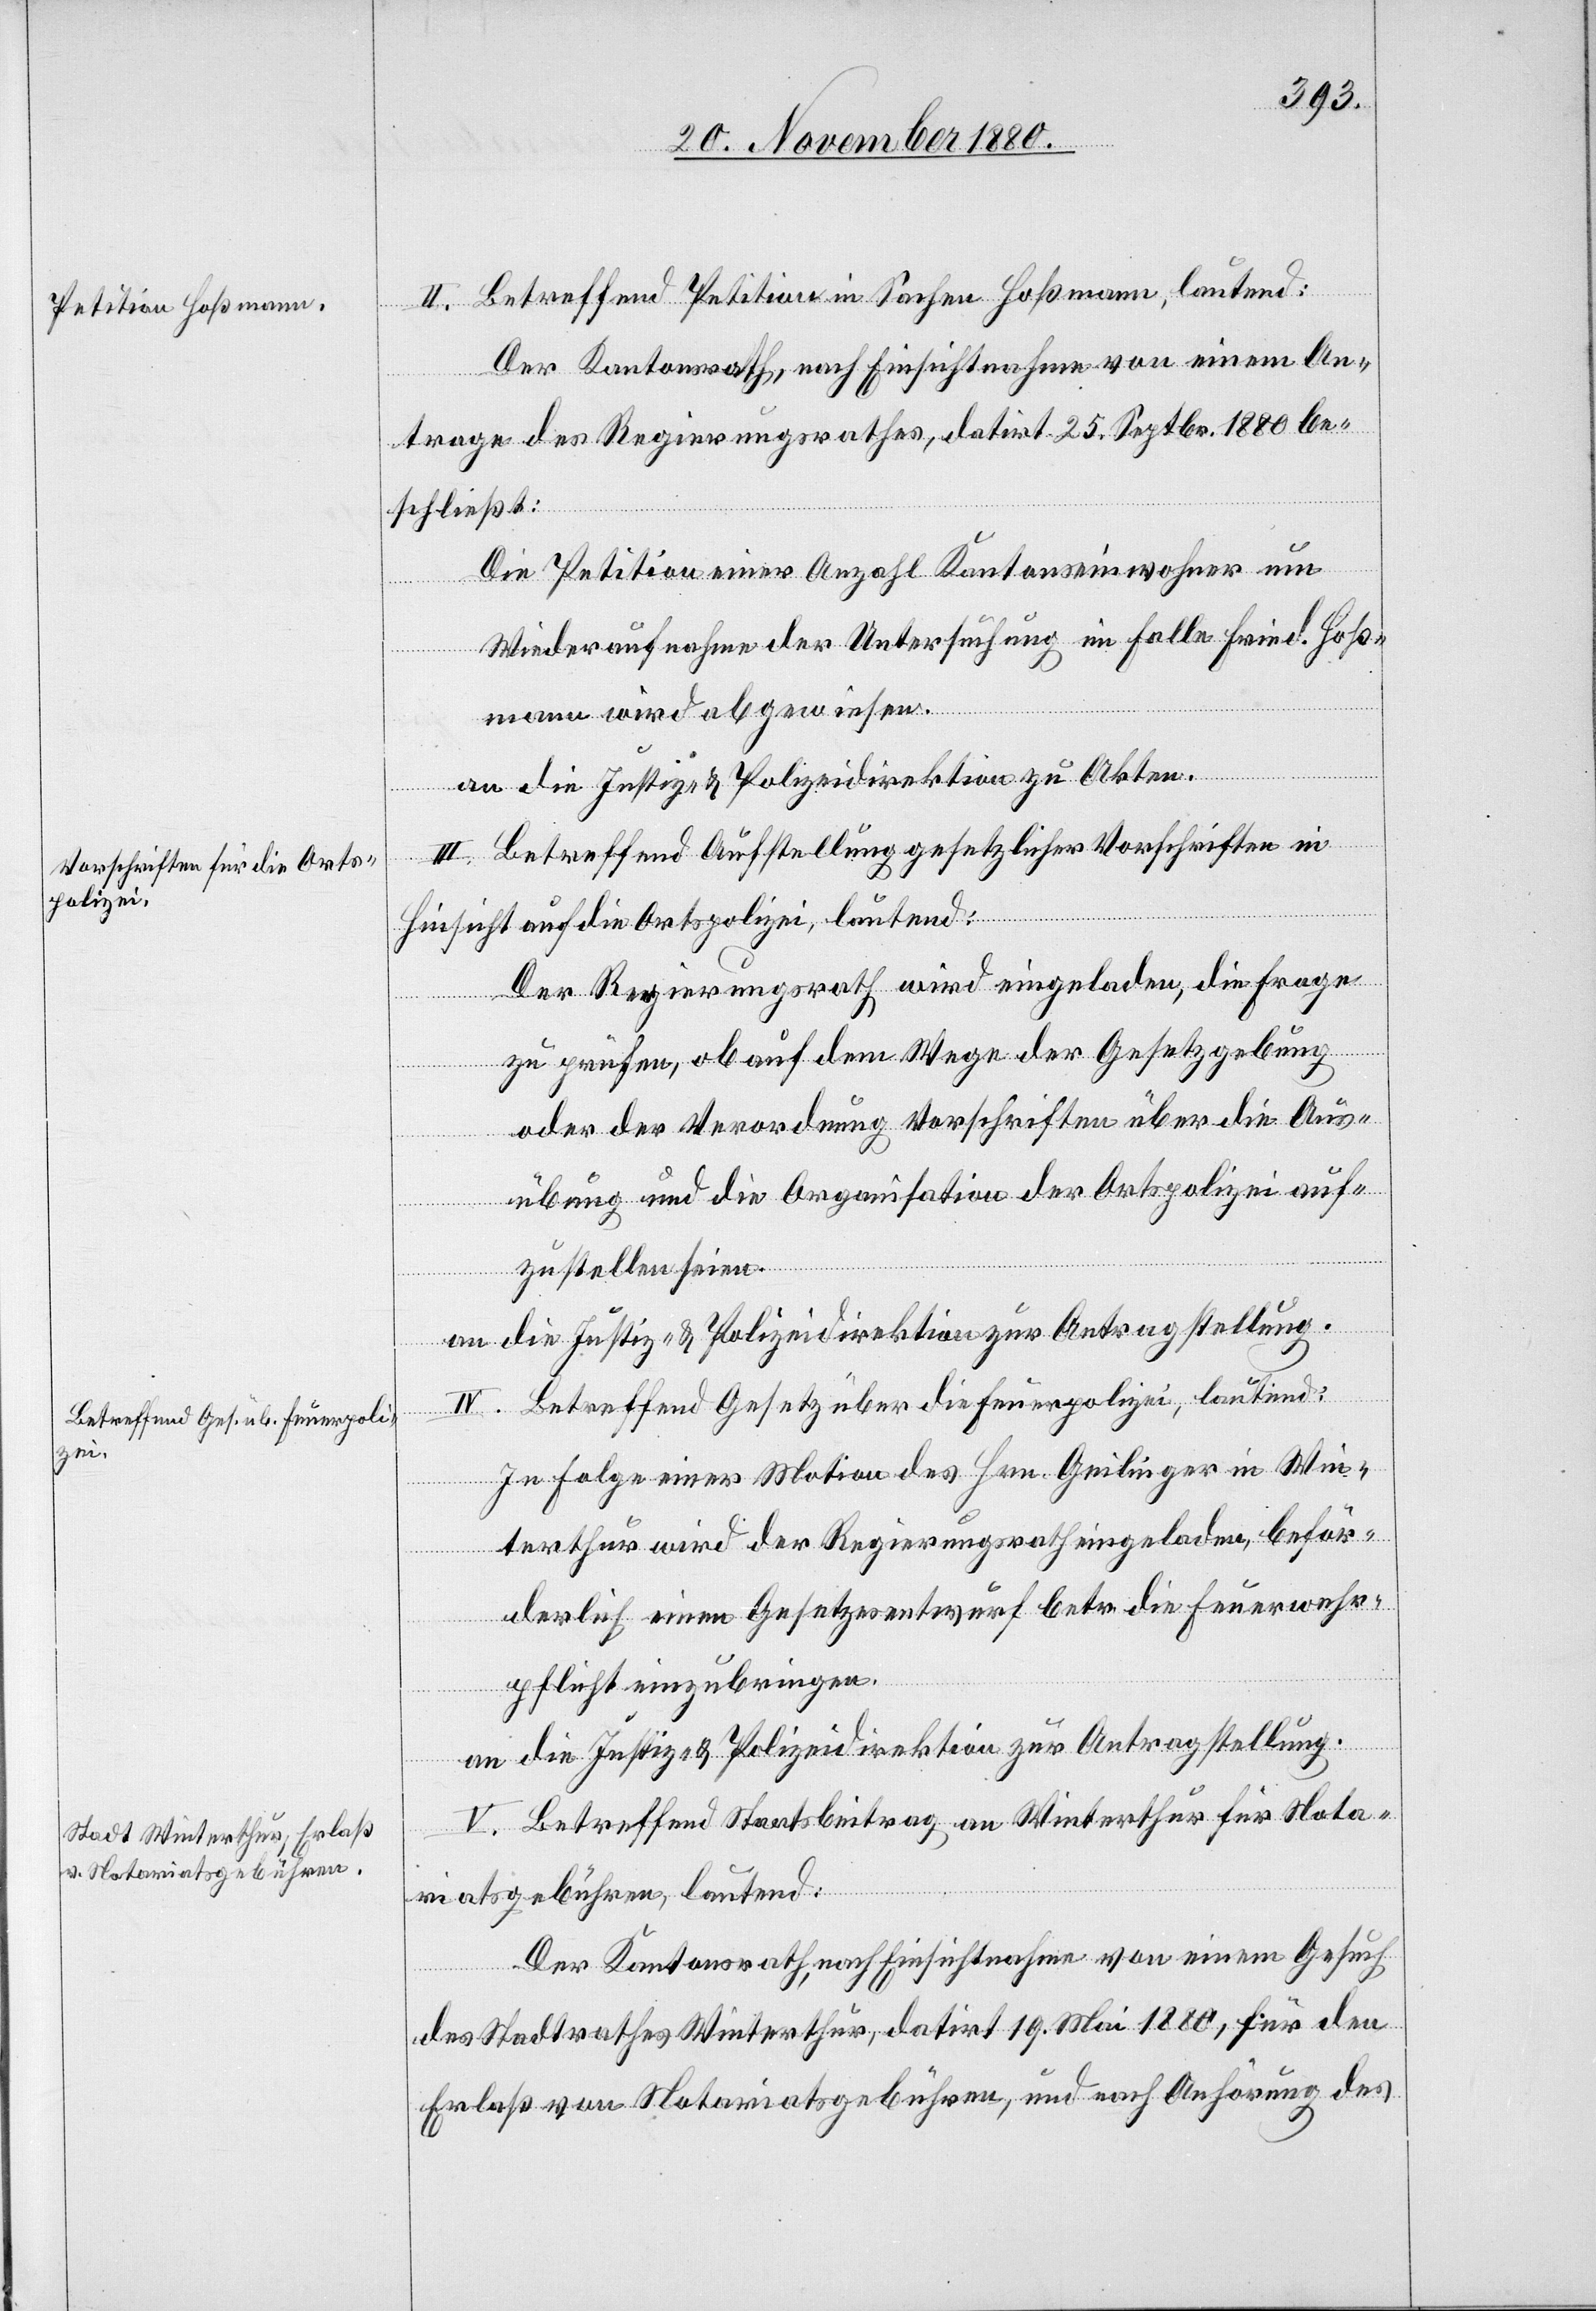
II. Betreffend Petition in Sachen Hoßmann, lautend:
Der Kantonsrath, nach Einsichtnahme von einem An¬
trage des Regierungsrathes, datirt 25. Septbr. 1880 be¬
schließt:
Die Petition einer Anzahl Kantonseinwohner um
Wiederaufnahme der Untersuchung im Falle Fried. Hoß¬
mann wird abgewiesen.
beför¬
an die Justiz- & Polizeidirektion zu Akten.
III. Betreffend Aufstellung gesetzlicher Vorschriften in
Hinsicht auf die Ortspolizei, lautend:
Der Regierungsrath wird eingeladen, die Frage
zu prüfen, ob auf dem Wege der Gesetzgebung
oder der Verordnung Vorschriften über die Aus¬
übung und die Organisation der Ortspolizei auf¬
zustellen seien.
an die Justiz- & Polizeidirektion zur Antragstellung.
VI. Betreffend Gesetz über die Feuerpolizei, lautend:
In
derlich einen Gesetzesentwurf betr. die Feuerwehr¬
pflicht einzubringen.
an die Justiz- & Polizeidirektion zur Antragstellung.
V. Betreffend Staatsbeitrag an Winterthur für Nota¬
riatsgebühren, lautend:
Der Kantonsrath, nach Einsichtnahme von einem Gesuch
des Stadtrathes Winterthur, datirt 19. Mai 1880, für den
Erlaß von Notariatsgebühren, und nach Anhörung des